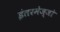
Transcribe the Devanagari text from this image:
इंतरमेज्जो